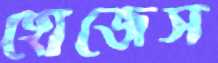
হোজেস